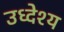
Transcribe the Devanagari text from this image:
उध्देश्य